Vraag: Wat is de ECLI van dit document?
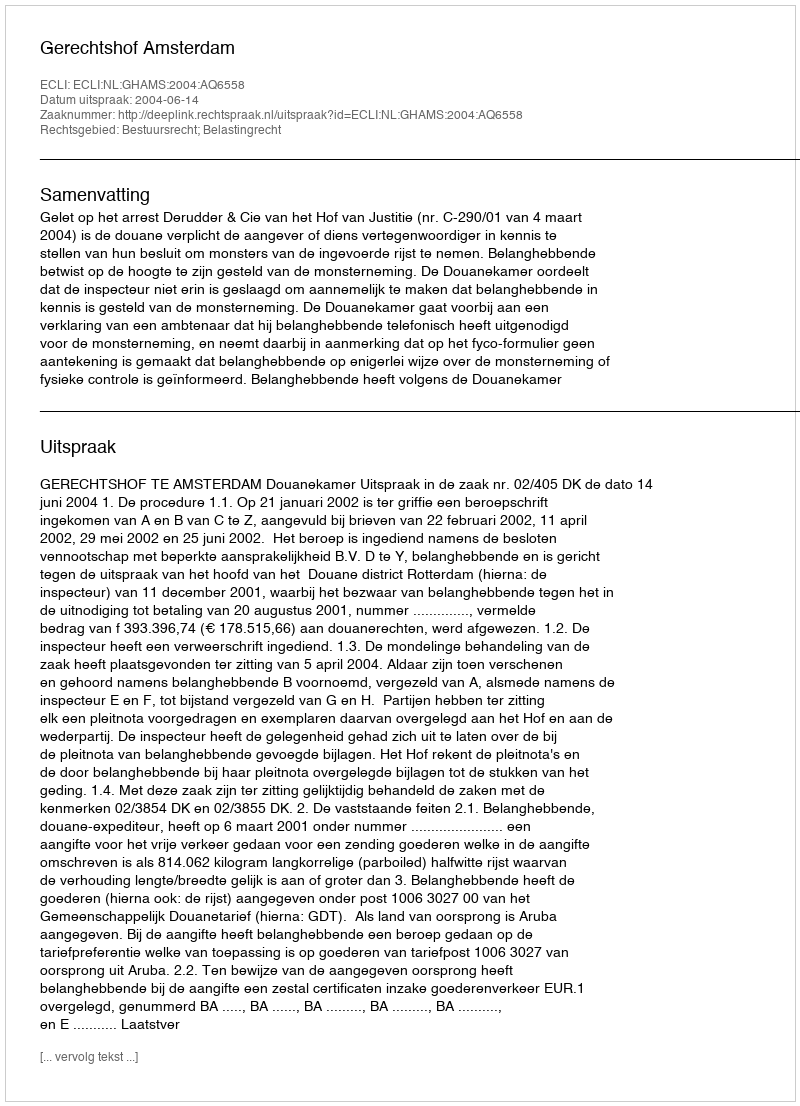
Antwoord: ECLI:NL:GHAMS:2004:AQ6558